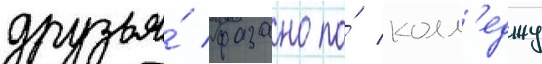
друзья́ фазано по́ колл'еджу